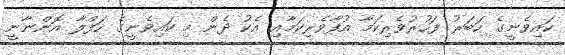
ކައިވެނީގެ ހަބަރު ފަހުރުވެރިކަމާ އުފާވެރިކަމާއި އެކު ދެން މި ކައިވެނީގެ ހަފްލާ އޮންނާނީ